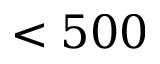
< 5 0 0